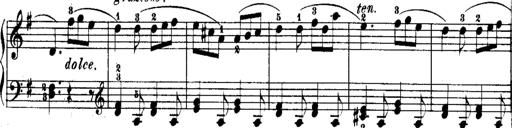
Title: Rondos and Sonatinas for Pianoforte
Composer: Daniel Steibelt